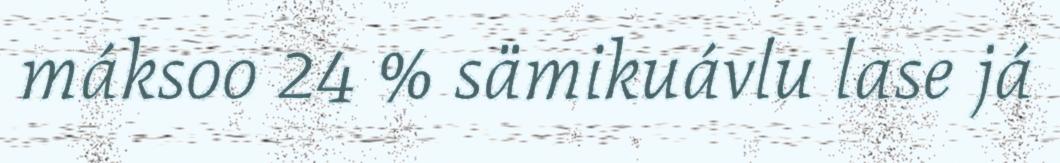
máksoo 24 % sämikuávlu lase já